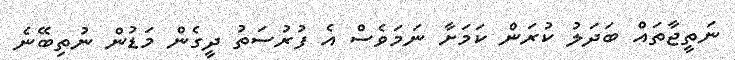
ނަތީޖާތައް ބަދަލު ކުރަން ކަމަށާ ނަމަވެސް އެ ފުރުސަތު ދީގެން މަޑުން ނުތިބޭނެ